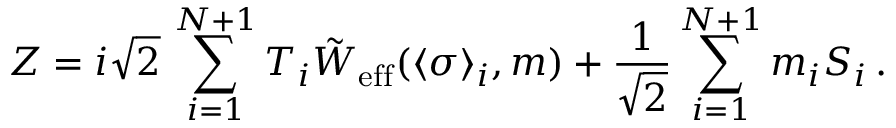
Z = i \sqrt { 2 } \, \sum _ { i = 1 } ^ { N + 1 } T _ { i } \tilde { W } _ { \mathrm { e f f } } ( \langle \sigma \rangle _ { i } , m ) + { \frac { 1 } { \sqrt { 2 } } } \sum _ { i = 1 } ^ { N + 1 } m _ { i } S _ { i } \, .